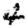
Digit: 4